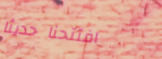
افتتحنا حديثاً